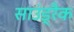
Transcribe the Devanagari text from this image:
साउंड़्रैक